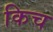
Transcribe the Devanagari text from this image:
किच